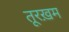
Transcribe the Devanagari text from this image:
तूरख़म